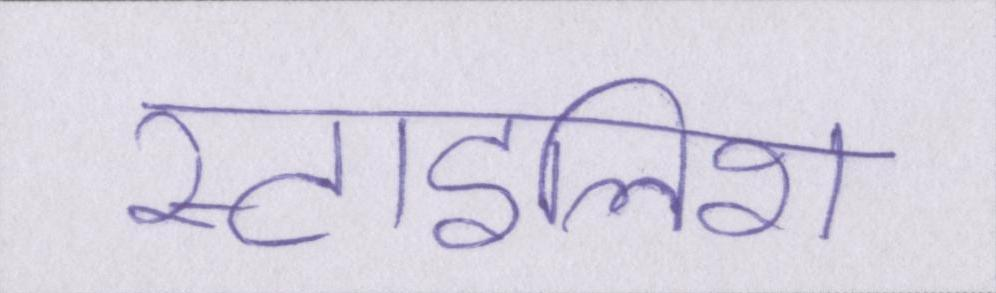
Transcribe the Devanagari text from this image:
स्टाइलिश